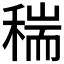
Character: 𥠄